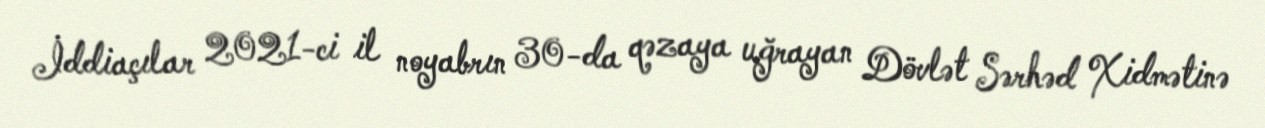
İddiaçılar 2021-ci il noyabrın 30-da qəzaya uğrayan Dövlət Sərhəd Xidmətinə